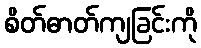
စိတ်ဓာတ်ကျခြင်းကို